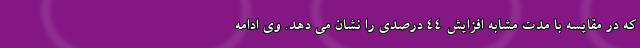
که در مقایسه با مدت مشابه افزایش ۴۴ درصدی را نشان می دهد. وی ادامه